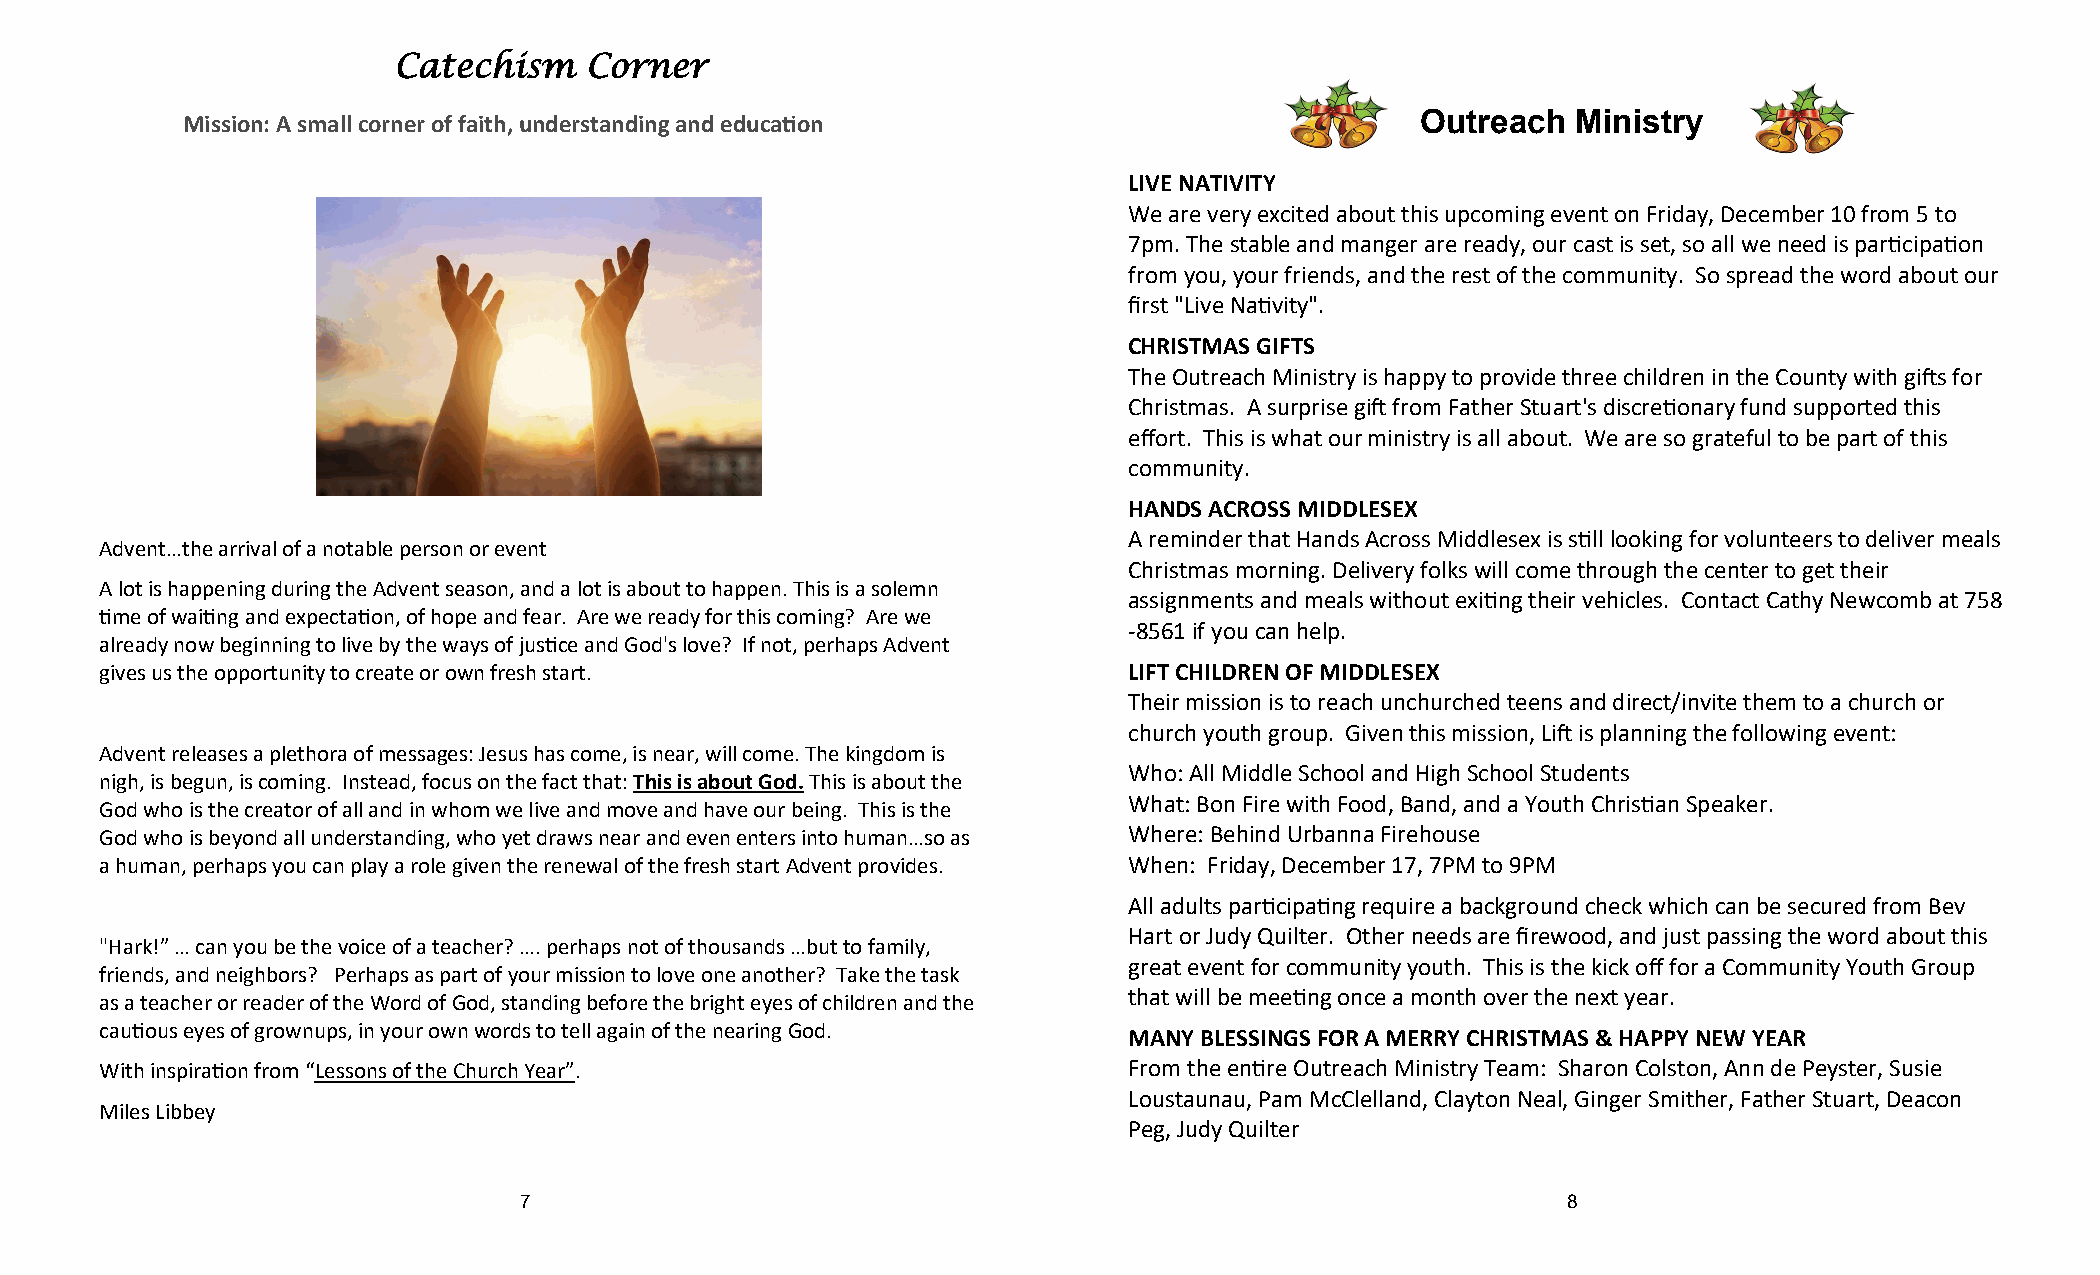
Catechism    Corner
 Outreach  Ministry
 Mission: A small corner of faith, understanding and education
 LIVE NATIVITY
 We are very excited about this upcoming event on Friday, December 10 from 5 to
 7pm. The stable and manger are ready, our cast is set, so all we need is participation
 from you, your friends, and the rest of the community. So spread the word about our
 first "Live Nativity".
 CHRISTMAS GIFTS
 The Outreach Ministry is happy to provide three children in the County with gifts for
 Christmas. A surprise gift from Father Stuart's discretionary fund supported this
 effort. This is what our ministry is all about. We are so grateful to be part of this
 community.
 HANDS ACROSS MIDDLESEX
 A reminder that Hands Across Middlesex is still looking for volunteers to deliver meals
 Advent…the arrival of a notable person or event
 Christmas morning. Delivery folks will come through the center to get their
 A lot is happening during the Advent season, and a lot is about to happen. This is a solemn
 assignments and meals without exiting their vehicles. Contact Cathy Newcomb at 758
 time of waiting and expectation, of hope and fear. Are we ready for this coming? Are we
 -8561 if you can help.
 already now beginning to live by the ways of justice and God's love? If not, perhaps Advent
 gives us the opportunity to create or own fresh start.              LIFT CHILDREN OF MIDDLESEX
 Their mission is to reach unchurched teens and direct/invite them to a church or
 church youth group. Given this mission, Lift is planning the following event:
 Advent releases a plethora of messages: Jesus has come, is near, will come. The kingdom is
 Who: All Middle School and High School Students
 nigh, is begun, is coming. Instead, focus on the fact that: This is about God. This is about the
 What: Bon Fire with Food, Band, and a Youth Christian Speaker.
 God who is the creator of all and in whom we live and move and have our being. This is the
 God who is beyond all understanding, who yet draws near and even enters into human…so as Where: Behind Urbanna Firehouse
 a human, perhaps you can play a role given the renewal of the fresh start Advent provides. When: Friday, December 17, 7PM to 9PM
 All adults participating require a background check which can be secured from Bev
 Hart or Judy Quilter. Other needs are firewood, and just passing the word about this
 "Hark!” … can you be the voice of a teacher? …. perhaps not of thousands …but to family,
 great event for community youth. This is the kick off for a Community Youth Group
 friends, and neighbors? Perhaps as part of your mission to love one another? Take the task
 that will be meeting once a month over the next year.
 as a teacher or reader of the Word of God, standing before the bright eyes of children and the
 cautious eyes of grownups, in your own words to tell again of the nearing God.
 MANY BLESSINGS FOR A MERRY CHRISTMAS & HAPPY NEW YEAR
 With inspiration from “Lessons of the Church Year”.                 From the entire Outreach Ministry Team: Sharon Colston, Ann de Peyster, Susie
 Loustaunau, Pam McClelland, Clayton Neal, Ginger Smither, Father Stuart, Deacon
 Miles Libbey
 Peg, Judy Quilter
 7                                                                     8